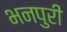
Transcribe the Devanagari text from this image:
भनपुरी